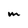
Character: M